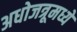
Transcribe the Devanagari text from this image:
अधोजत्रूमध्ये